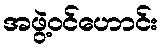
အဖွဲ့ဝင်ဟောင်း